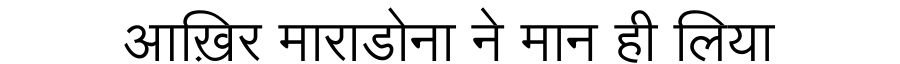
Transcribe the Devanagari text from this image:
आख़िर माराडोना ने मान ही लिया